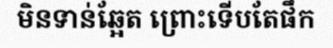
មិនទាន់ឆ្អែត ព្រោះទើបតែផឹក